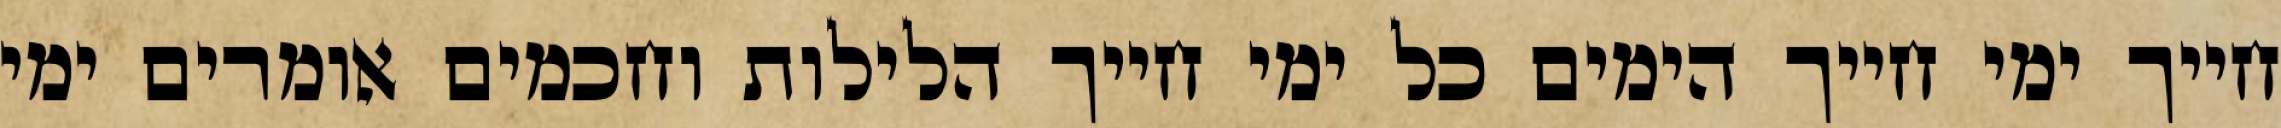
חייך ימי חייך הימים כל ימי חייך הלילות וחכמים אומרים ימי